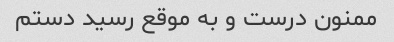
ممنون درست و به موقع رسید دستم